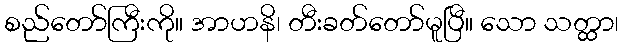
စည်တော်ကြီးကို။ အာဟနိ၊ တီးခတ်တော်မူပြီ။ သော သတ္ထာ၊